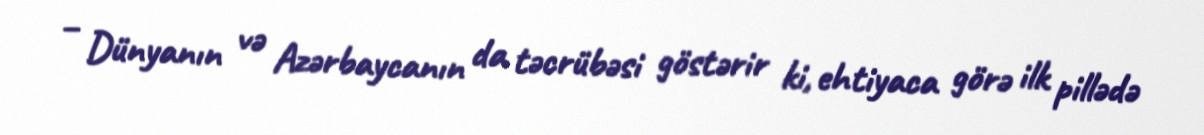
– Dünyanın və Azərbaycanın da təcrübəsi göstərir ki, ehtiyaca görə ilk pillədə